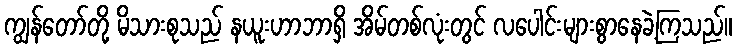
ကျွန်တော်တို့ မိသားစုသည် နယူးဟာဘာရှိ အိမ်တစ်လုံးတွင် လပေါင်းများစွာနေခဲ့ကြသည်။